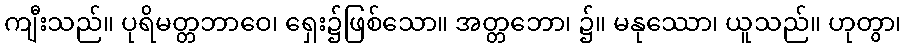
ကျီးသည်။ ပုရိမတ္တဘာဝေ၊ ရှေး၌ဖြစ်သော။ အတ္တဘော၊ ၌။ မနုဿော၊ ယူသည်။ ဟုတွာ၊